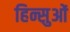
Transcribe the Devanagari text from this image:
हिन्सुओं